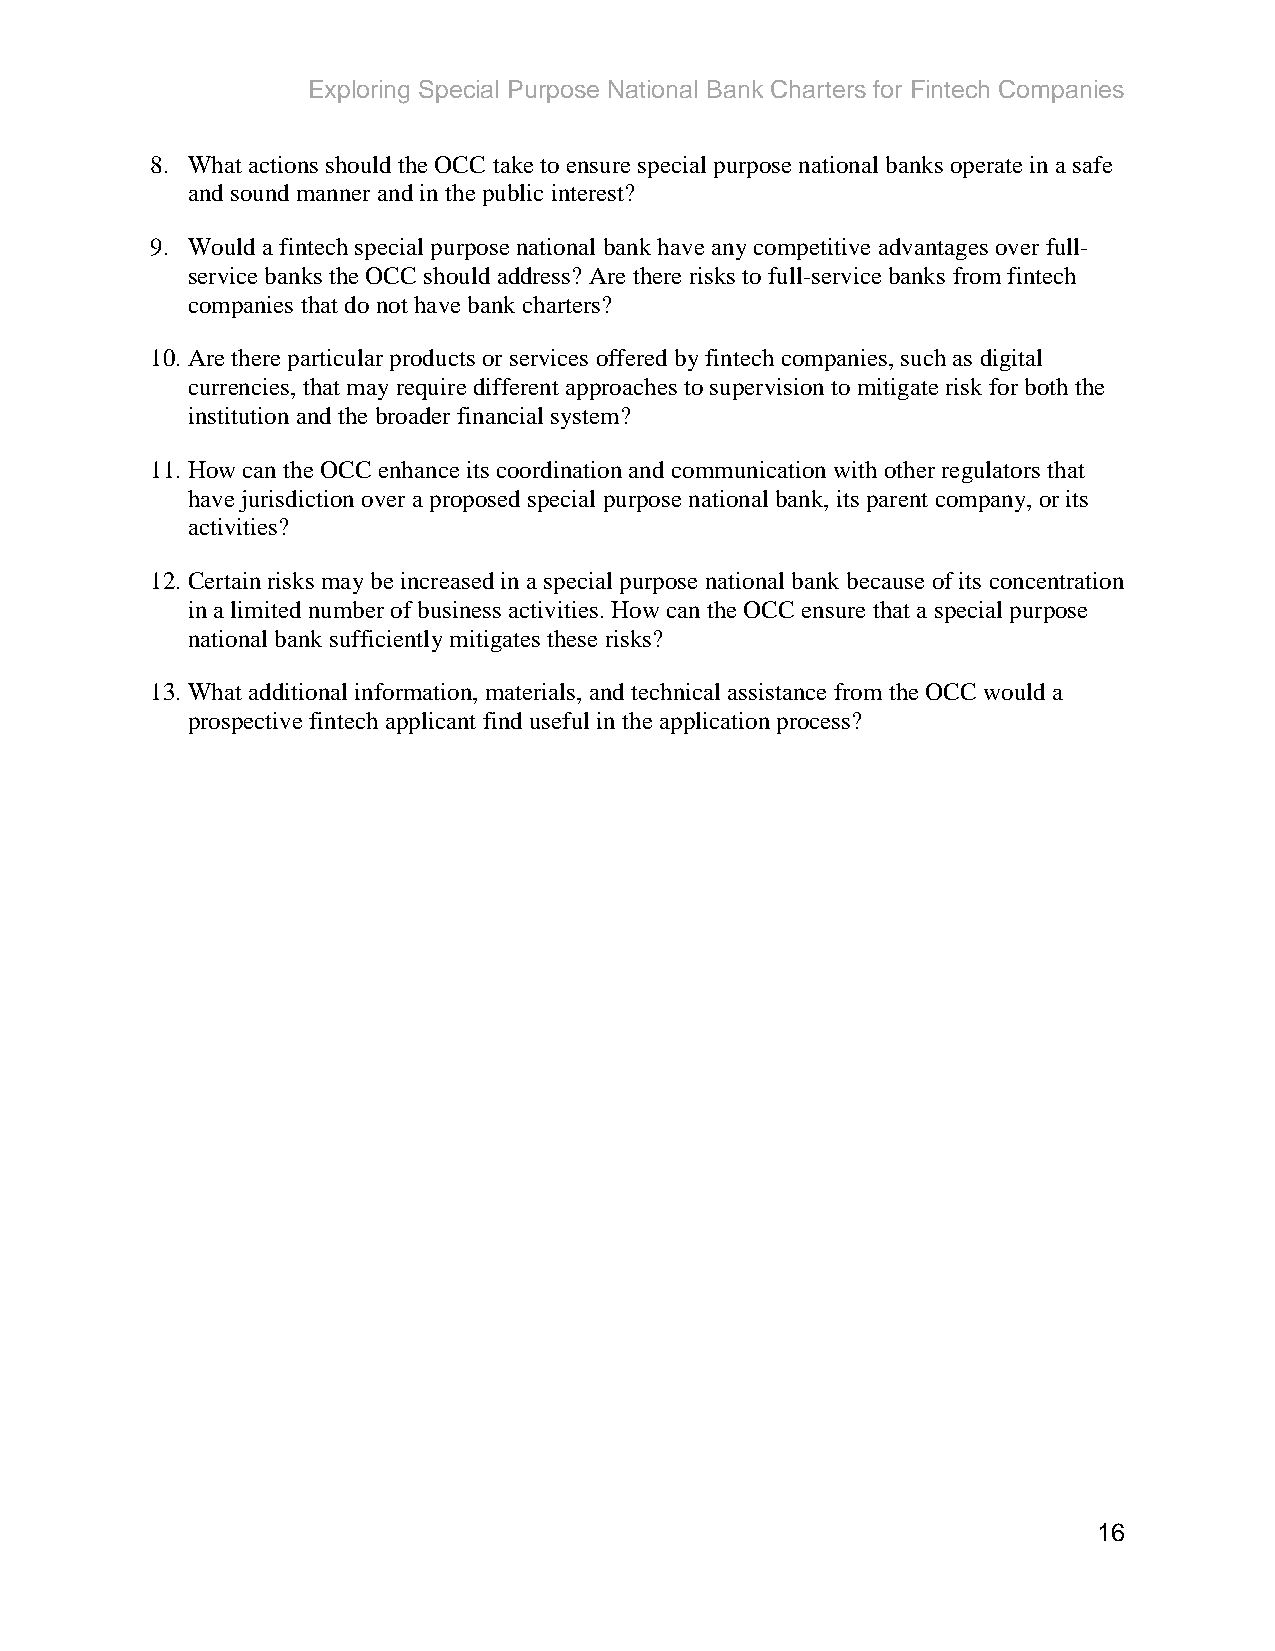
Exploring Special Purpose National Bank Charters for Fintech Companies
 8. What actions should the OCC take to ensure special purpose national banks operate in a safe
 and sound manner and in the public interest?
 9. Would a fintech special purpose national bank have any competitive advantages over full-
 service banks the OCC should address? Are there risks to full-service banks from fintech
 companies that do not have bank charters?
 10. Are there particular products or services offered by fintech companies, such as digital
 currencies, that may require different approaches to supervision to mitigate risk for both the
 institution and the broader financial system?
 11. How can the OCC enhance its coordination and communication with other regulators that
 have jurisdiction over a proposed special purpose national bank, its parent company, or its
 activities?
 12. Certain risks may be increased in a special purpose national bank because of its concentration
 in a limited number of business activities. How can the OCC ensure that a special purpose
 national bank sufficiently mitigates these risks?
 13. What additional information, materials, and technical assistance from the OCC would a
 prospective fintech applicant find useful in the application process?
 16